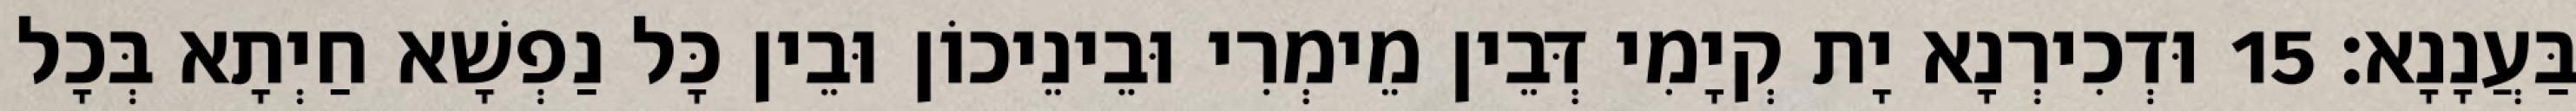
בַּעֲנָנָא׃ 15 וּדְכִירְנָא יָת קְיָמִי דְּבֵין מֵימְרִי וּבֵינֵיכוֹן וּבֵין כָּל נַפְשָׁא חַיְתָא בְּכָל